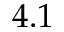
4 . 1